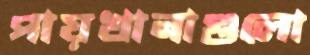
পায়খানাগুলো